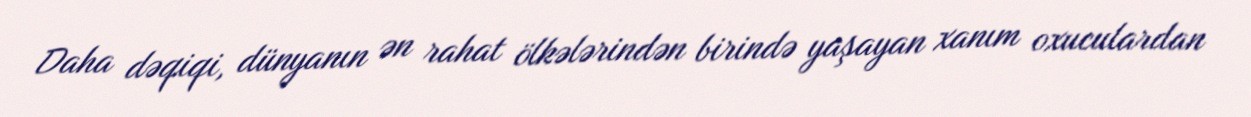
Daha dəqiqi, dünyanın ən rahat ölkələrindən birində yaşayan xanım oxuculardan